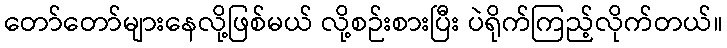
တော်တော်များနေလို့ဖြစ်မယ် လို့စဉ်းစားပြီး ပဲရိုက်ကြည့်လိုက်တယ်။